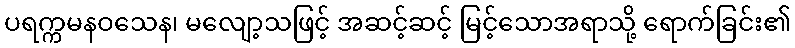
ပရက္ကမနဝသေန၊ မလျော့သဖြင့် အဆင့်ဆင့် မြင့်သောအရာသို့ ရောက်ခြင်း၏